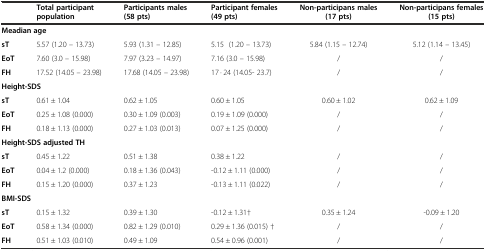
<table><thead><tr><td></td><td><b>Total participant population</b></td><td><b>Participants males (58 pts)</b></td><td><b>Participant females (49 pts)</b></td><td><b>Non-participans males (17 pts)</b></td><td><b>Non-participans females (15 pts)</b></td></tr></thead><tbody><tr><td colspan="4"><b>Meadian age</b></td><td></td><td></td></tr><tr><td><b>sT</b></td><td>5.57 (1.20 – 13.73)</td><td>5.93 (1.31 – 12.85)</td><td>5.15 (1.20 – 13.73)</td><td>5.84 (1.15 – 12.74)</td><td>5.12 (1.14 – 13.45)</td></tr><tr><td><b>EoT</b></td><td>7.60 (3.0 – 15.98)</td><td>7.97 (3.23 – 14.97)</td><td>7.16 (3.0 – 15.98)</td><td>/</td><td>/</td></tr><tr><td><b>FH</b></td><td>17.52 (14.05 – 23.98)</td><td>17.68 (14.05 – 23.98)</td><td>17 · 24 (14.05- 23.7)</td><td>/</td><td>/</td></tr><tr><td colspan="4"><b>Height-SDS</b></td><td></td><td></td></tr><tr><td><b>sT</b></td><td>0.61 ± 1.04</td><td>0.62 ± 1.05</td><td>0.60 ± 1.05</td><td>0.60 ± 1.02</td><td>0.62 ± 1.09</td></tr><tr><td><b>EoT</b></td><td>0.25 ± 1.08 (0.000)</td><td>0.30 ± 1.09 (0.003)</td><td>0.19 ± 1.09 (0.000)</td><td>/</td><td>/</td></tr><tr><td><b>FH</b></td><td>0.18 ± 1.13 (0.000)</td><td>0.27 ± 1.03 (0.013)</td><td>0.07 ± 1.25 (0.000)</td><td>/</td><td>/</td></tr><tr><td colspan="4"><b>Height-SDS adjusted TH</b></td><td></td><td></td></tr><tr><td><b>sT</b></td><td>0.45 ± 1.22</td><td>0.51 ± 1.38</td><td>0.38 ± 1.22</td><td>/</td><td>/</td></tr><tr><td><b>EoT</b></td><td>0.04 ± 1.2 (0.000)</td><td>0.18 ± 1.36 (0.043)</td><td>-0.12 ± 1.11 (0.000)</td><td>/</td><td>/</td></tr><tr><td><b>FH</b></td><td>0.15 ± 1.20 (0.000)</td><td>0.37 ± 1.23</td><td>-0.13 ± 1.11 (0.022)</td><td>/</td><td>/</td></tr><tr><td colspan="4"><b>BMI-SDS</b></td><td></td><td></td></tr><tr><td><b>sT</b></td><td>0.15 ± 1.32</td><td>0.39 ± 1.30</td><td>-0.12 ± 1.31†</td><td>0.35 ± 1.24</td><td>-0.09 ± 1.20</td></tr><tr><td><b>EoT</b></td><td>0.58 ± 1.34 (0.000)</td><td>0.82 ± 1.29 (0.010)</td><td>0.29 ± 1.36 (0.015) †</td><td>/</td><td>/</td></tr><tr><td><b>FH</b></td><td>0.51 ± 1.03 (0.010)</td><td>0.49 ± 1.09</td><td>0.54 ± 0.96 (0.001)</td><td>/</td><td>/</td></tr></tbody></table>